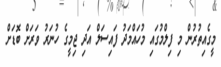
މީގެއިތުރުން މި ފިލްމުގައި މުހައްމަދު ފައިސަލް އަދި ޖިމީގެ ހުނަރު ވަރަށް ބޮޑަށް